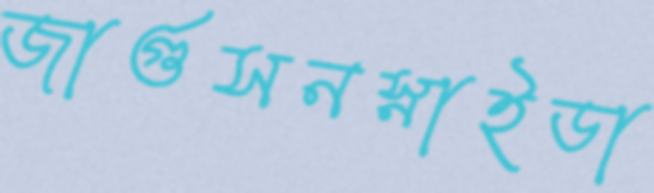
জার্গুসনস্নাইডা